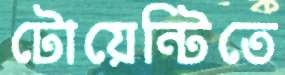
টোয়েন্টিতে